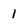
Character: 1